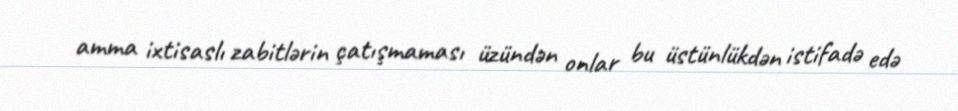
amma ixtisaslı zabitlərin çatışmaması üzündən onlar bu üstünlükdən istifadə edə